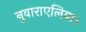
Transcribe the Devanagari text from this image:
नुवाराएलिया।